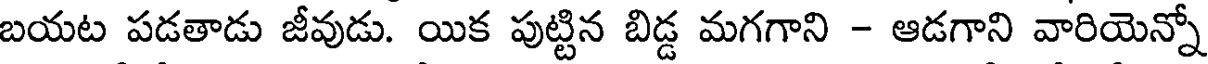
బయట పడతాడు జీవుడు. యిక పుట్టిన బిడ్డ మగగాని - ఆడగాని వారియెన్నో